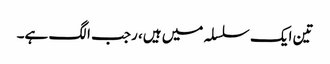
تین ایک سلسلہ میں ہیں، رجب الگ ہے۔